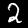
Label: 2